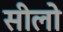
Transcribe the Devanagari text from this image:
सीलो